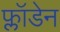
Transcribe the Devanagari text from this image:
फ्लॉडेन